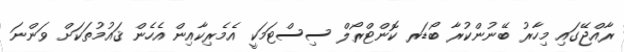
ރާއްޖޭގައި މިހާރު ބޭނުންކުރާ ބޯޑަރ ކޮންޓްރޯލް ސިސްޓަމަކީ އެމެރިކާއިން އެހެން ޤައުމުތަކަށް ވަންނަ